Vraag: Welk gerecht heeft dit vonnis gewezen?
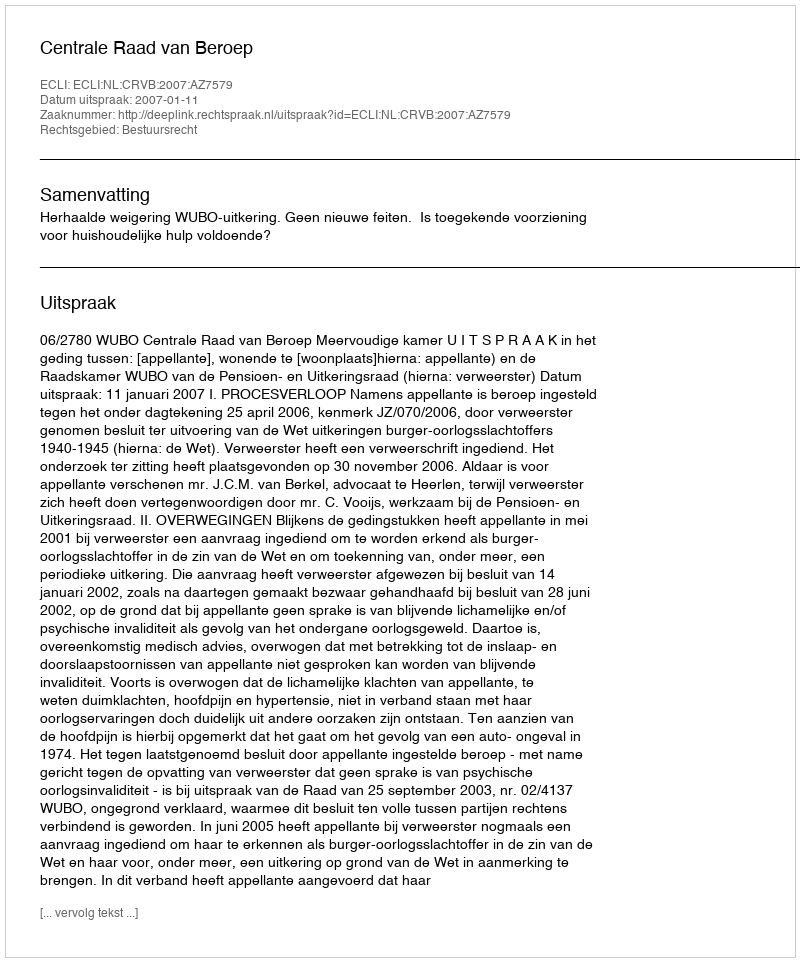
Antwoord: Centrale Raad van Beroep